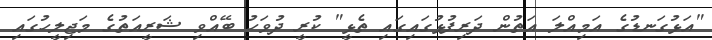
"އަޅުގަނޑުގެ އަމިއްލަ އަތުން ދަރިފުޅުގައިގައި ތެޅީ" ކުރީ ދުވަހު ބޭއްވި ޝަރީއަތުގެ މަޖިލީހުގައި